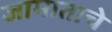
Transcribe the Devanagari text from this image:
जामाताचे